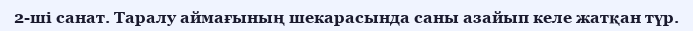
2-ші санат. Таралу аймағының шекарасында саны азайып келе жатқан түр.